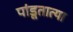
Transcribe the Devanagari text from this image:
पांडूतात्या